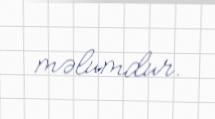
məlumdur.